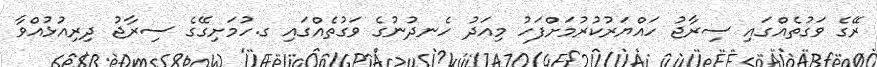
ރޭގެ ވަގުތެއްގައި ސިރާޖު ހައްޔަރުކުރުމަށްފަހު މިއަދު ހެނދުނުގެ ވަގުތެއްގައި ގ.ހުމަށިގޭގެ ސިރާޖު ދިރިއުޅުއްވާ